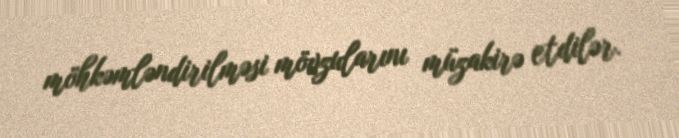
möhkəmləndirilməsi mövzularını müzakirə etdilər.